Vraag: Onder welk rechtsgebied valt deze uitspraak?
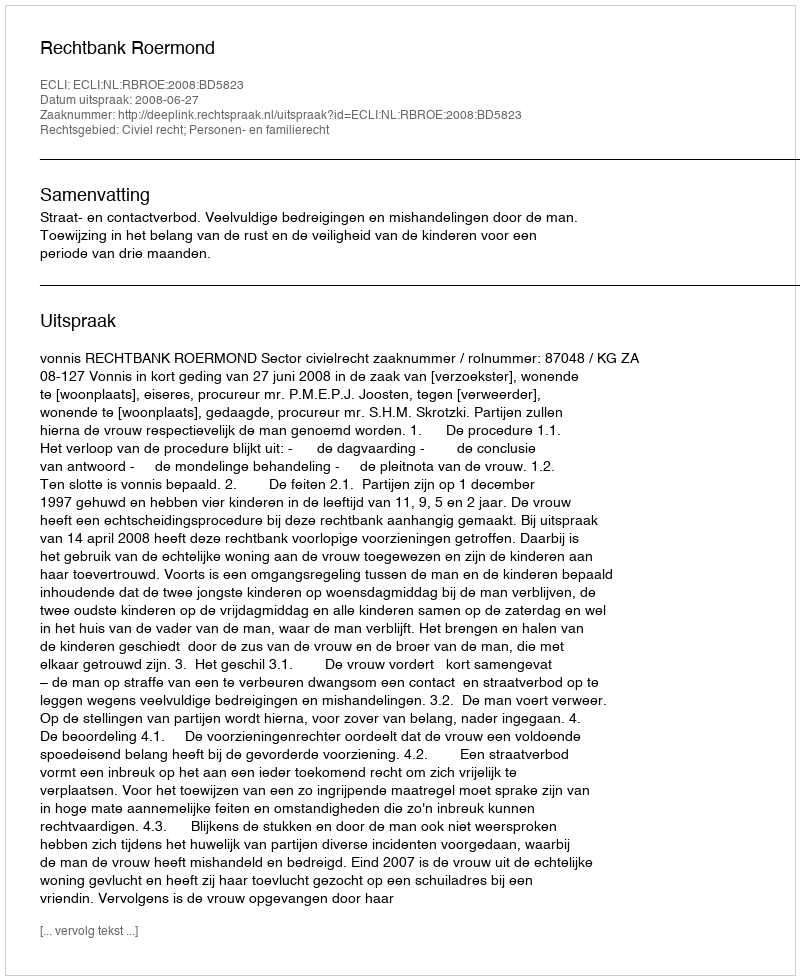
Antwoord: Civiel recht; Personen- en familierecht